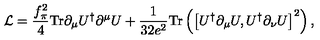
{ \cal L } = \frac { f _ { \pi } ^ { 2 } } { 4 } \mathrm { T r } \partial _ { \mu } U ^ { \dagger } \partial ^ { \mu } U + \frac { 1 } { 3 2 e ^ { 2 } } \mathrm { T r } \left( \left[ U ^ { \dagger } \partial _ { \mu } U , U ^ { \dagger } \partial _ { \nu } U \right] ^ { 2 } \right) ,